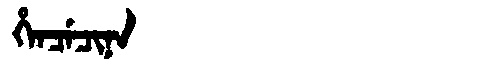
Manchu: ᡥᡝᠨᠴᡝᠴᡳᠨᠠ
Romanization: HENCECINA